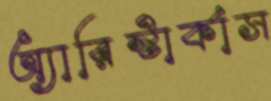
অ্যারিস্টার্কাস